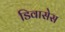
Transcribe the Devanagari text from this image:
डिवासेस